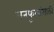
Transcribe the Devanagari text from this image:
रानफुलांसाठी